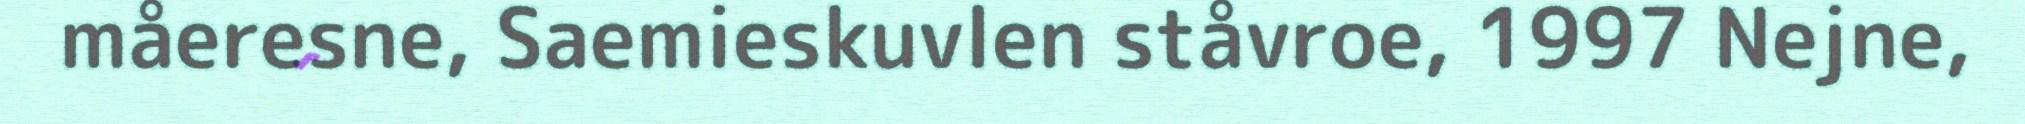
måeresne, Saemieskuvlen ståvroe, 1997 Nejne,